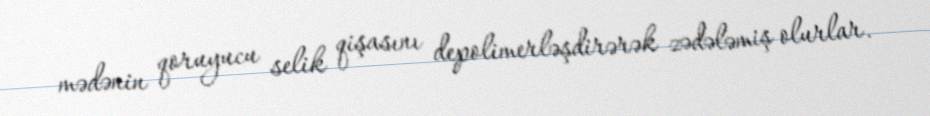
mədənin qoruyucu selik qişasını depolimerləşdirərək zədələmiş olurlar.